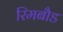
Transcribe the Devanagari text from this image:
रिमबौड